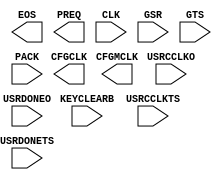
///////////////////////////////////////////////////////////////////////////////
// Copyright (c) 1995/2010 Xilinx, Inc.
// All Right Reserved.
///////////////////////////////////////////////////////////////////////////////
//   ____  ____
//  /   /\/   /
// /___/  \  /    Vendor : Xilinx
// \   \   \/     Version : 12.1
//  \   \         Description : Xilinx Formal Library Component
//  /   /                  User Interface to Global Clock, Reset and 3-State Controls
// /___/   /\     Filename : STARTUPE2.v
// \   \  /  \    Timestamp : Mon Mar  8 15:49:37 PST 2010
//  \___\/\___\
//
// Revision:
//    03/08/10 - Initial version.
// End Revision

`timescale 1 ps / 1 ps

module STARTUPE2 (
  CFGCLK,
  CFGMCLK,
  EOS,
  PREQ,

  CLK,
  GSR,
  GTS,
  KEYCLEARB,
  PACK,
  USRCCLKO,
  USRCCLKTS,
  USRDONEO,
  USRDONETS
);

  parameter PROG_USR = "FALSE";

  output CFGCLK;
  output CFGMCLK;
  output EOS;
  output PREQ;

  input CLK;
  input GSR;
  input GTS;
  input KEYCLEARB;
  input PACK;
  input USRCCLKO;
  input USRCCLKTS;
  input USRDONEO;
  input USRDONETS;

  
endmodule